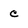
Character: c